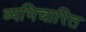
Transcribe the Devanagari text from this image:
व्यभिचारित